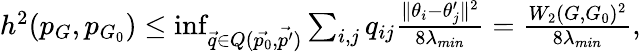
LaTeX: \begin{array}{r}{h^{2}(p_{G},p_{G_{0}})\leq\operatorname*{inf}_{\vec{q}\in Q(\vec{p_{0}},\vec{p^{\prime}})}\sum_{i,j}q_{ij}\frac{\| \theta_{i}-\theta_{j}^{\prime}\| ^{2}}{8\lambda_{min}}=\frac{W_{2}(G,G_{0})^{2}}{8\lambda_{min}},}\end{array}